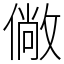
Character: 僘